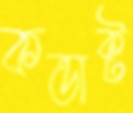
কন্ডাক্ট